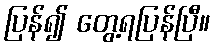
ပြန်၍ တွေ့ရပြန်ပြီ။